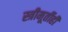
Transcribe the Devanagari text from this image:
स्त्रीमूर्तीही